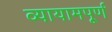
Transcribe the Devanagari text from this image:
व्यायामपूर्ण